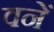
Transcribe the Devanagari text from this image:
वनें